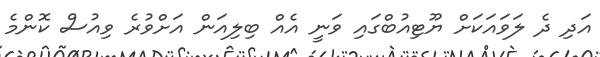
އަދި ދެ ލަވައަކަށް ޔޫޓިއުބްގައި ވަނީ އެއް ބިލިއަން އަށްވުރެ ވިއުސް ކޮންމެ